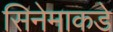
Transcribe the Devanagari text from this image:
सिनेमाकडे